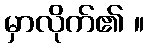
မှာလိုက်၏ ။